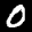
Label: 0